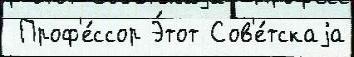
 Проф'е́ссор Э́тот Сов'е́тскаjа